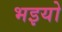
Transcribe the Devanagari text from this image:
भइयो